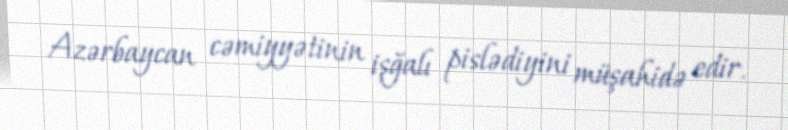
Azərbaycan cəmiyyətinin işğalı pislədiyini müşahidə edir.